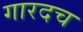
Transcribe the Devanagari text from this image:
गारदच